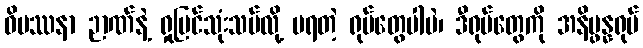
ဝိပဿနာ ဉာဏ်နဲ့ ရှုမြင်သုံးသပ်လို့ မရတဲ့ ရုပ်တွေပါပဲ၊ ဒီရုပ်တွေကို အနိပ္ဖန္နရုပ်